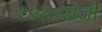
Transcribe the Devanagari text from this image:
१९८९रोजी